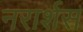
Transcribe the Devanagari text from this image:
नरार्शस